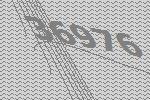
36976